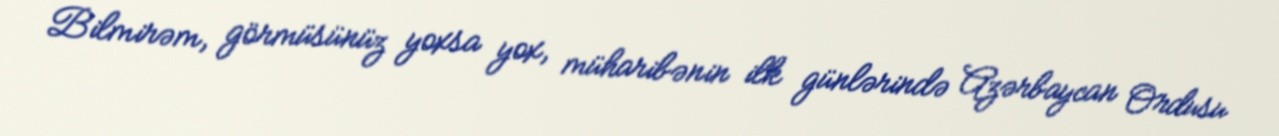
Bilmirəm, görmüsünüz yoxsa yox, müharibənin ilk günlərində Azərbaycan Ordusu